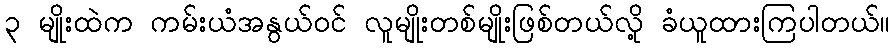
၃ မျိုးထဲက ကမ်းယံအနွယ်ဝင် လူမျိုးတစ်မျိုးဖြစ်တယ်လို့ ခံယူထားကြပါတယ်။